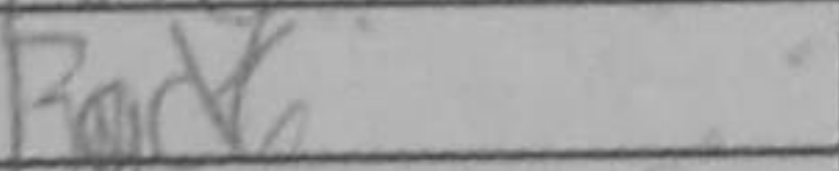
Transcription: Rc6